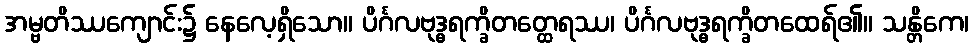
အမ္ဗတိဿကျောင်း၌ နေလေ့ရှိသော။ ပိင်္ဂလဗုဒ္ဓရက္ခိတတ္ထေရဿ၊ ပိင်္ဂလဗုဒ္ဓရက္ခိတထေရ်၏။ သန္တိကေ၊